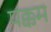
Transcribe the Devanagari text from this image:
पक्कम